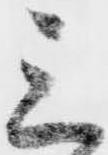
三